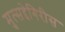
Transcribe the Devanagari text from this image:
मुत्सद्देगिरीस